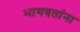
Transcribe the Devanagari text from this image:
भागवतांना